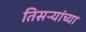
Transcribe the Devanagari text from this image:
तिसऱ्यांच्या